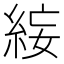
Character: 𥿺